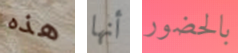
هذه أنها بالحضور